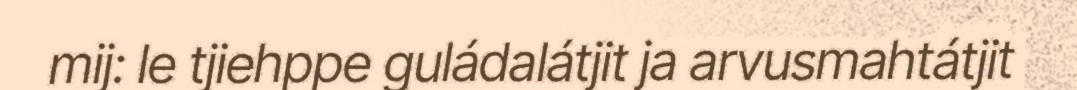
mij: le tjiehppe guládalátjit ja arvusmahtátjit